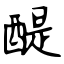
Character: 醍